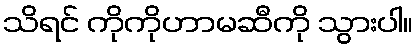
သိရင် ကိုကိုဟာမဆီကို သွားပါ။